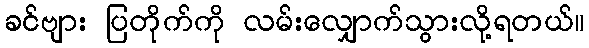
ခင်ဗျား ပြတိုက်ကို လမ်းလျှောက်သွားလို့ရတယ်။